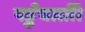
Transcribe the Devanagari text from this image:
पहुँचातीं।